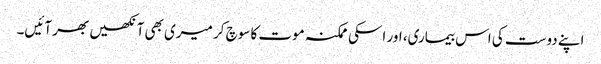
اپنے دوست کی اس بیماری، اور اسکی ممکنہ موت کا سوچ کر میری بھی آنکھیں بھر آئیں۔